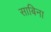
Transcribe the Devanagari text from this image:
साबिना